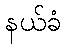
နယ်ခံ